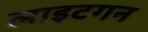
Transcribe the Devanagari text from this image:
लाइटगन